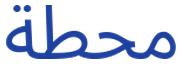
محطة